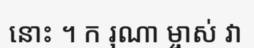
នោះ ។ ក រុណា ម្ចាស់ វា